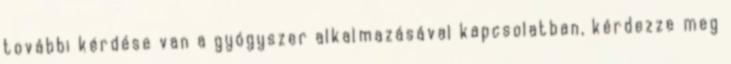
további kérdése van a gyógyszer alkalmazásával kapcsolatban, kérdezze meg